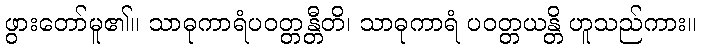
ဖွားတော်မူ၏။ သာဓုကာရံပဝတ္တန္တီတိ၊ သာဓုကာရံ ပဝတ္တယန္တိ ဟူသည်ကား။